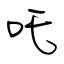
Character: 吒